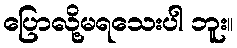
ပြောလို့မရသေးပါ ဘူး။